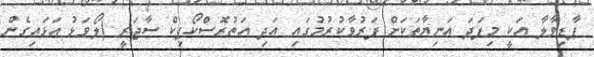
ޕާޑިވާލާ އަކީ މިފަދަ އަނިޔާތަކަށް ފަރުވާކުރުމުގައި އަދި އަތުރޮސްކޯޕިކް ސާޖަރީ (ލޯވަޅު އަޅައިގެން